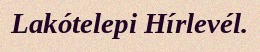
Lakótelepi Hírlevél.